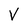
Character: V